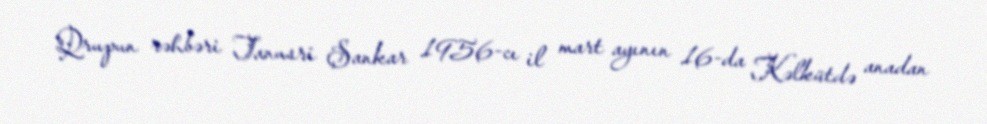
Qrupun rəhbəri Tanusri Şankar 1956-cı il mart ayının 16-da Kəlkütdə anadan